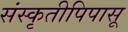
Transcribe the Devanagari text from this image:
संस्कृतीपिपासू